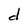
Character: d